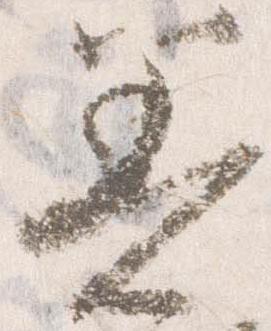
着